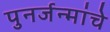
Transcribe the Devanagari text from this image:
पुनर्जन्मांचे